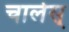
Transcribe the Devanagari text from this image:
चार्लस्‌